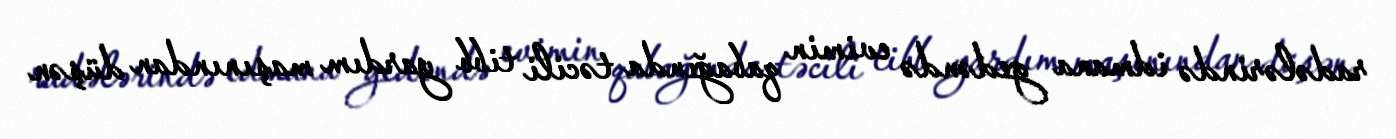
radələrində idmana gedəndə evimin qabağında təcili tibb yardım maşınından düşən